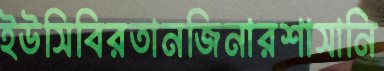
ইউসিবিরতানজিনারশাসানি